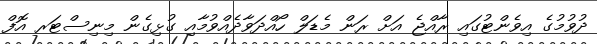
ދުވުމުގެ އިވެންޓުގައި ރާއްޖެ އަށް ރަން މެޑަލް ހޯއްދަވާދެއްވުމާއި ގުޅިގެން މިނިސްޓަރ އޮފް